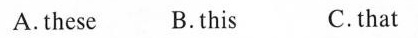
A.these B.this C.that